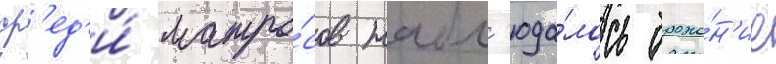
ср'ед'и́ матро́сов набл'юда́лось броже́н'ие